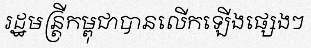
រដ្ឋមន្ត្រីកម្ពុជាបានលើកឡើងផ្សេងៗ